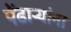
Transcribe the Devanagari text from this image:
पेंढाऱ्यांना